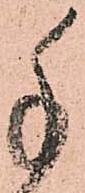
手